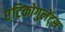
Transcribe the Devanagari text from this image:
एंटिकोगुलेंट्स